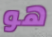
هو